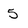
Character: 5